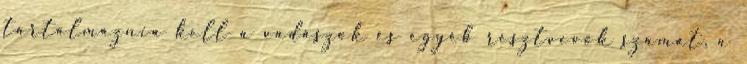
tartalmaznia kell a vadászok és egyéb résztvevők számát, a